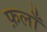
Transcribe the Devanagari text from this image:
फ़लाँ